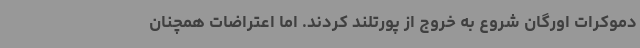
دموکرات اورگان شروع به خروج از پورتلند کردند. اما اعتراضات همچنان